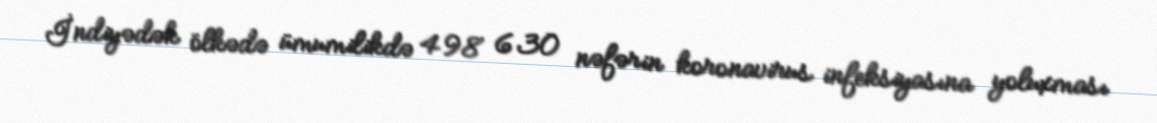
İndiyədək ölkədə ümumilikdə 498 630 nəfərin koronavirus infeksiyasına yoluxması